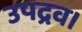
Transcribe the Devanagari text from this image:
उपद्रव।